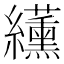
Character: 䌲